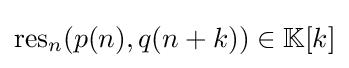
{\textstyle \operatorname {res} _{n}(p(n),q(n+k))\in \mathbb {K} [k]}